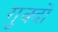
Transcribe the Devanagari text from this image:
गुक्दों